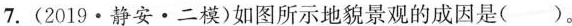
7.(2019·静安·二模)如图所示地貌景观的成因是()。